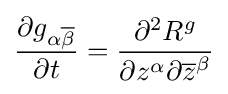
{\frac {\partial g_{\alpha {\overline {\beta }}}}{\partial t}}={\frac {\partial ^{2}R^{g}}{\partial z^{\alpha }\partial {\overline {z}}^{\beta }}}